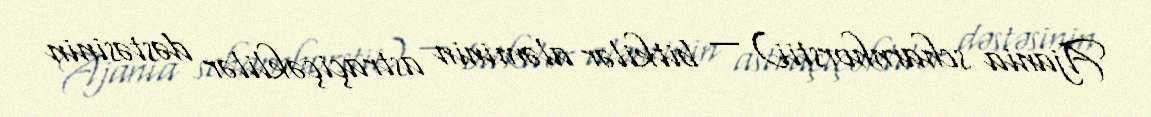
Ajania scharnhorstii) — bitkilər aləminin astraçiçəklilər dəstəsinin